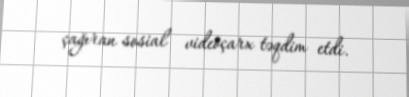
çağıran sosial videoçarx təqdim etdi.